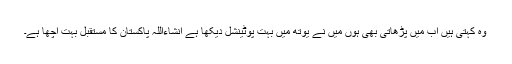
وہ کہتی ہیں اب میں پڑھاتی بھی ہوں میں نے یوتھ میں بہت پوٹینشل دیکھا ہے انشاءاللہ پاکستان کا مستقبل بہت اچھا ہے۔